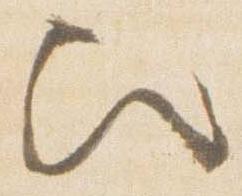
歟